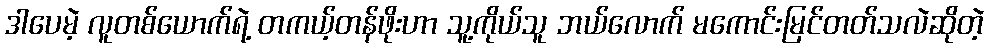
ဒါပေမဲ့ လူတစ်ယောက်ရဲ့ တကယ့်တန်ဖိုးဟာ သူ့ကိုယ်သူ ဘယ်လောက် မကောင်းမြင်တတ်သလဲဆိုတဲ့